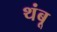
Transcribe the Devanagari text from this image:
थंबू